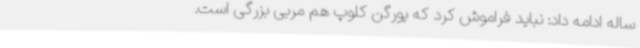
ساله ادامه داد: نباید فراموش کرد که یورگن کلوپ هم مربی بزرگی است.